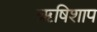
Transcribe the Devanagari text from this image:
ऋषिशाप